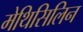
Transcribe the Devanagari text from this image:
मेथिसिलिन